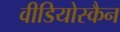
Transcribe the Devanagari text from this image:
वीडियोस्कैन